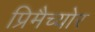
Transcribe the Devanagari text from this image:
प्रिमैच्योर